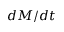
d M / d t